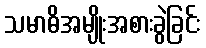
သမာဓိအမျိုးအစားခွဲခြင်း